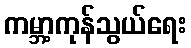
ကမ္ဘာ့ကုန်သွယ်ရေး